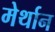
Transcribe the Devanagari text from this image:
मेर्थान